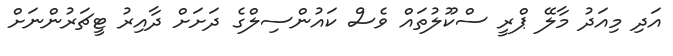
އަދި މިއަދު މާލޭ ޕްރީ ސްކޫލުތައް ވެސް ކައުންސިލްގެ ދަށަށް ދާއިރު ޓީޗަރުންނަށް